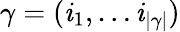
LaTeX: \gamma=(\mathit{i}_{1},\dots\mathit{i}_{|\gamma|})